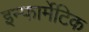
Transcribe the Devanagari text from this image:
इन्फार्मेटिक